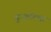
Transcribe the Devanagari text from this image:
बुजलेल्या